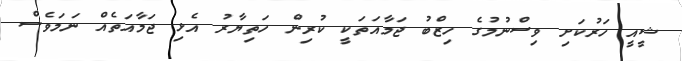
ޝީއީ ހަރުކަށި ވިސްނުމުގެ ހިޒްބު ޖަމާއަތަކީ ކުރިން ހަތިޔާރު އެޅި ޖަމާއަތެއް ނަމަވެސް